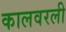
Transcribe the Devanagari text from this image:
कालवरली